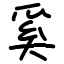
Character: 奚